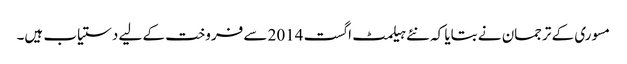
مسوری کے ترجمان نے بتایا کہ نئے ہیلمٹ اگست 2014 سے فروخت کے لیے دستیاب ہیں۔